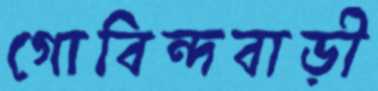
গোবিন্দবাড়ী